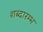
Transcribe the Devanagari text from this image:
शब्दारम्भ